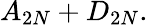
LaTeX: A_{2N}+D_{2N}.